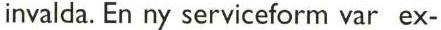
invalda. En ny serviceform var ex-